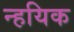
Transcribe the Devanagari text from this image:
न्हयिक